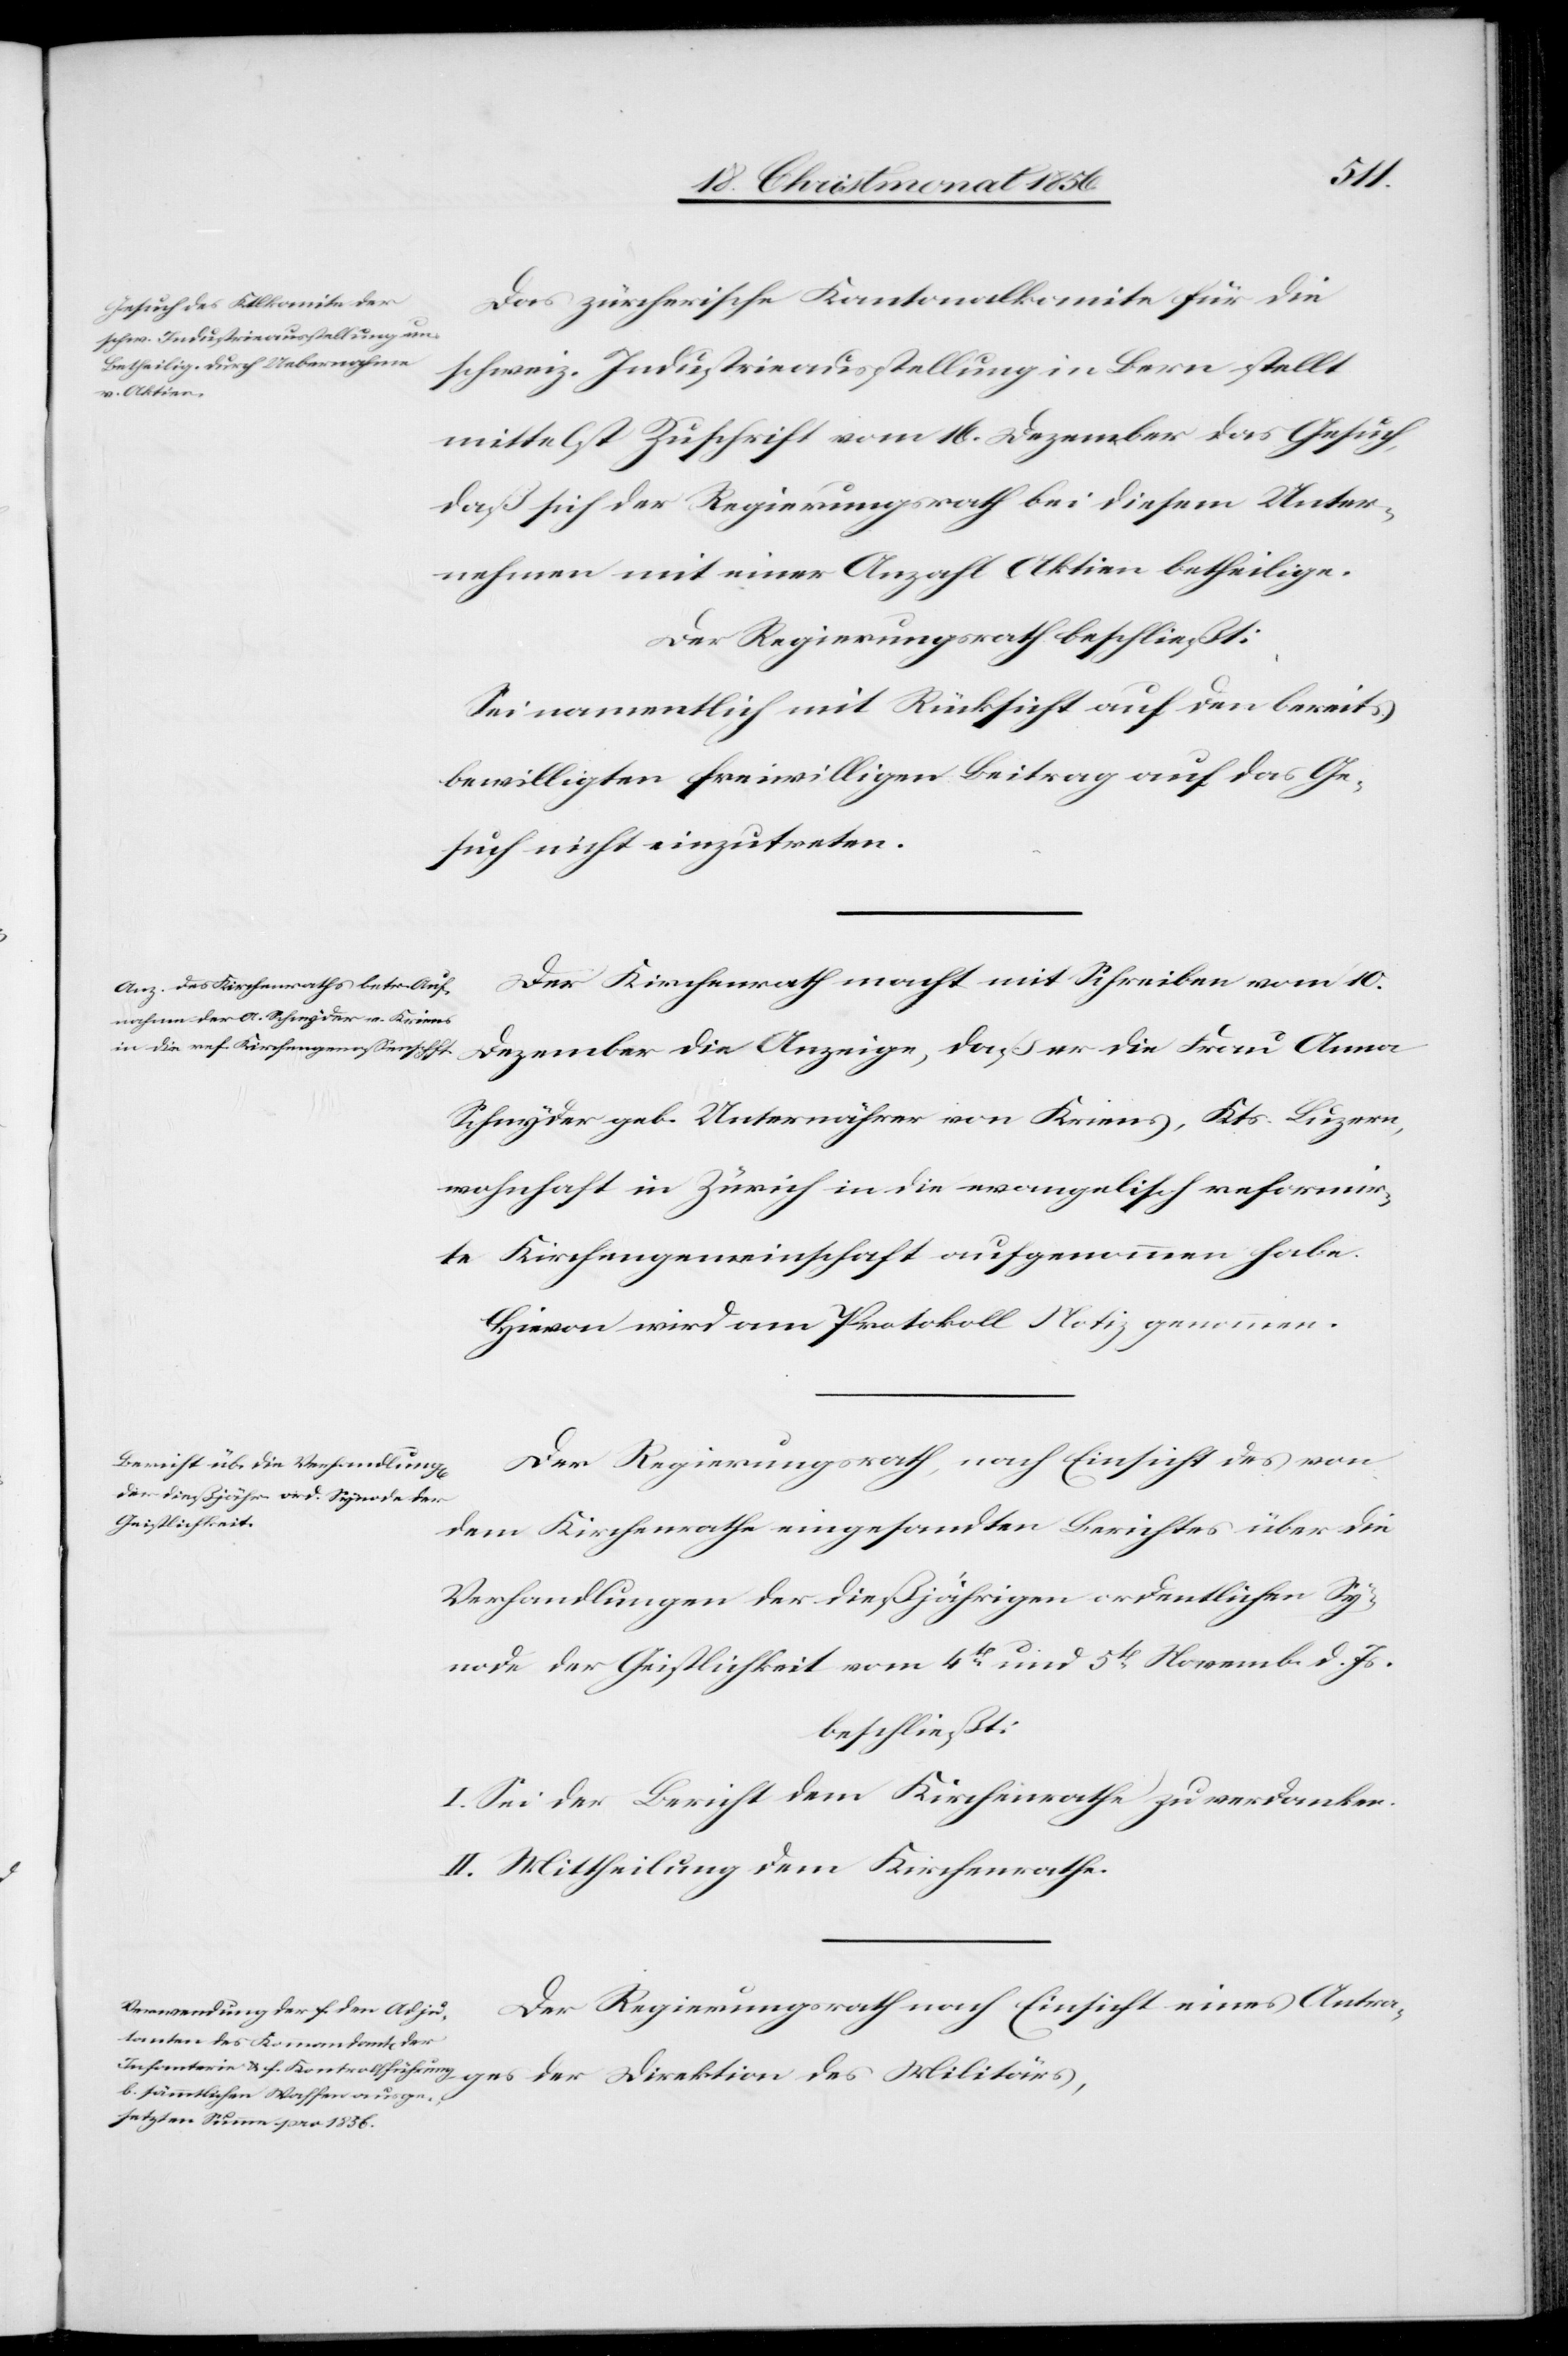
des
Das zürcherische Kantonalkomite für die
schweiz. Industrieausstellung in Bern stellt
Militärs,
mittelst Zuschrift vom 16. Dezember das Gesuch,
daß sich der Regierungsrath bei diesem Unter¬
nehmen mit einer Anzahl Aktien betheilige.
Der Regierungsrath beschließt:
Sei namentlich mit Rücksicht auf den bereits
bewilligten freiwilligen Beitrag auf das Ge¬
such nicht einzutreten.
Der Kirchenrath macht mit Schreiben vom 10.
Schnyder geb. Unternährer von Kriens, Kts. Luzern,
wohnhaft in Zürich in die evangelisch reformir¬
te Kirchengemeinschaft aufgenommen habe.
Hievon wird am Protokoll Notiz genommen.
Der Regierungsrath, nach Einsicht des von
dem Kirchenrathe eingesandten Berichtes über die
Verhandlungen der dießjährigen ordentlichen Sy¬
node der Geistlichkeit vom 4t und 5t November d. Js.
beschließt:
I. Sei der Bericht dem Kirchenrathe zu verdanken.
II. Mittheilung dem Kirchenrathe.
Der Regierungsrath nach Einsicht eines Antra¬